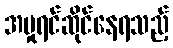
အမှုရင်ဆိုင်နေရသည့်